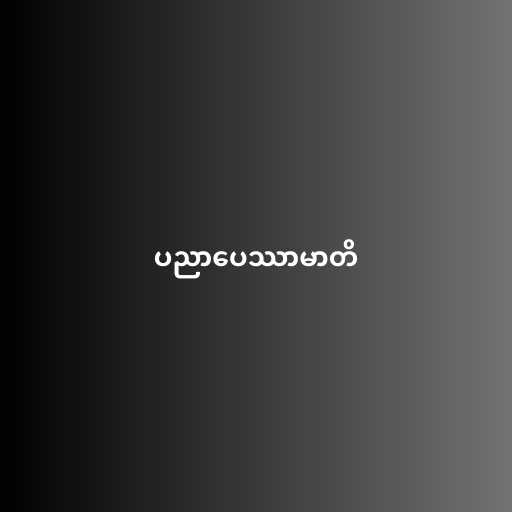
ပညာပေဿာမာတိ